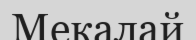
Мекалай